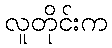
လူတိုင်းက